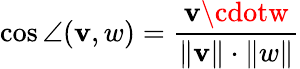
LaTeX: \cos\angle(\mathbf{v},w)={\frac{{\mathbf{v}\cdotw}}{{\| \mathbf{v}\| \cdot\| w\| }}}